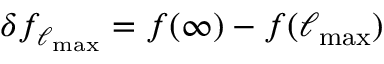
\delta f _ { \ell _ { \mathrm { m a x } } } = f ( \infty ) - f ( \ell _ { \mathrm { m a x } } )